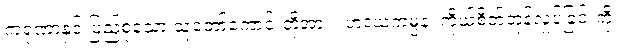
ကရုဏာနှင့် ပြည့်စုံသော သူတော်ကောင်းတို့အား။ ဟဒယကမ္ပနံ၊ ကိုယ်စိတ်တုန်လှုပ်ခြင်းကို။